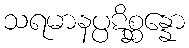
သရမာနပ္ပဋိစ္ဆန္နော